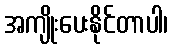
အကျိုးပေးနိုင်တာပါ၊